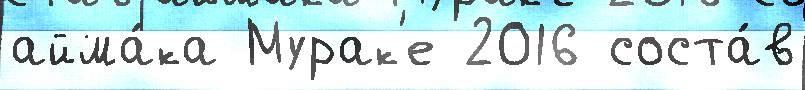
айма́ка Мурак'е 2016 соста́в